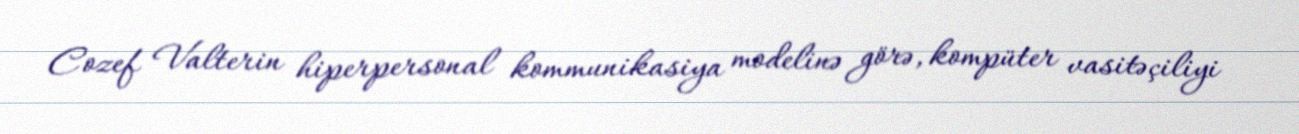
Cozef Valterin hiperpersonal kommunikasiya modelinə görə, kompüter vasitəçiliyi